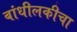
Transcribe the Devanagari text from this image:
बांधीलकीचा